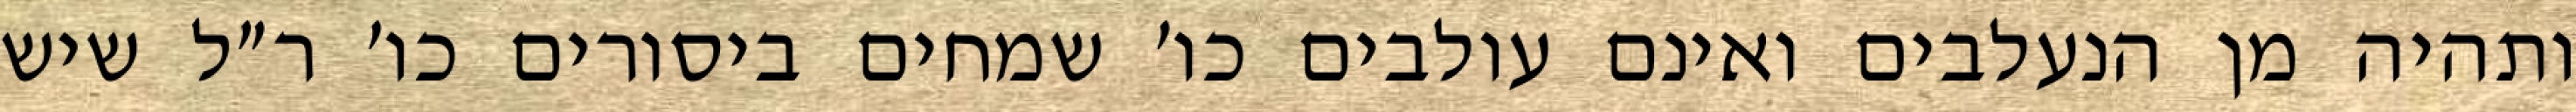
ותהיה מן הנעלבים ואינם עולבים כו׳ שמחים ביסורים כו׳ ר״ל שיש